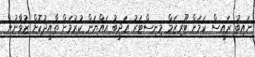
ނައިބު ރައީސް ކަމަށް ޓޫރިޒަމް މިނިސްޓަރު އަދީބު އައްޔަން ކުރުމަށް ތާއީދުކޮށް ޒުވާނުން